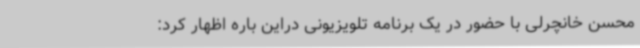
محسن خانچرلی با حضور در یک برنامه تلویزیونی دراین باره اظهار کرد: